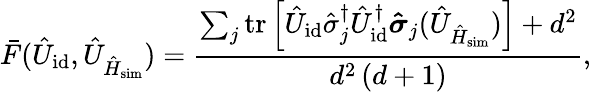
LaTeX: \bar{F}(\hat{U}_{\mathrm{id}},\hat{U}_{\hat{H}_{\mathrm{sim}}})=\frac{\sum_{j}\mathrm{tr}\left[\hat{U}_{\mathrm{id}}\hat{\sigma}_{j}^{\dagger}\hat{U}_{\mathrm{id}}^{\dagger}\boldsymbol{\hat{\sigma}}_{j}(\hat{U}_{\hat{H}_{\mathrm{sim}}})\right]+d^{2}}{d^{2}\left(d+1\right)},